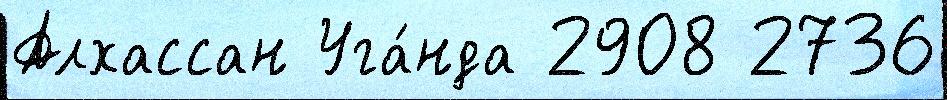
Алхассан Уга́нда 2908 2736